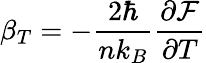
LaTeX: \beta_{T}=-\frac{2\hbar}{nk_{B}}\frac{\partial\mathcal{F}}{\partial T}